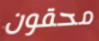
محقون